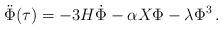
LaTeX: \begin{align*}\ddot{\Phi}(\tau)=-3H\dot{\Phi}-\alpha X\Phi-\lambda \Phi^{3}\,.\end{align*}